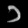
Digit: ၁